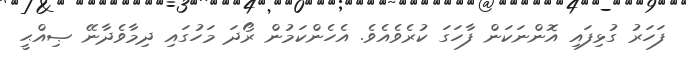
ފަހަރު ގުޅިފައި އޮންނަކަން ފާހަގަ ކުރެވެއެވެ. އެހެންކަމުން ރޯދަ މަހުގައި ދިމާވެދާނޭ ޞިއްޙީ